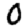
Digit: 0